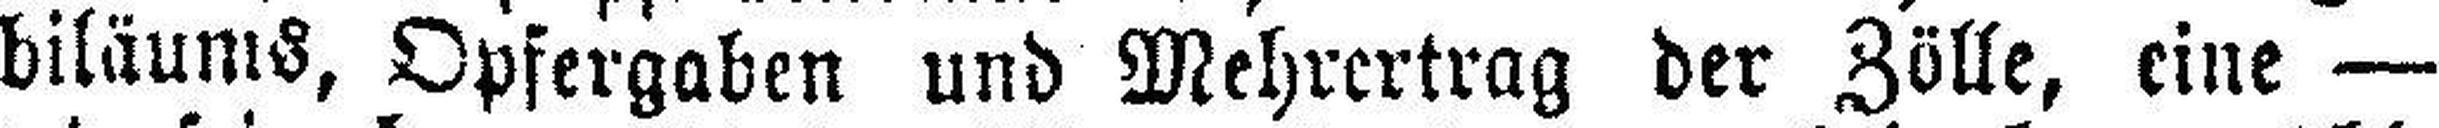
biläums, Opfergaben und Mehrertrag der Zölle, eine —